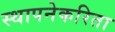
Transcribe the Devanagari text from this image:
स्थापनेकरिता